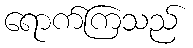
ရောက်ကြသည်